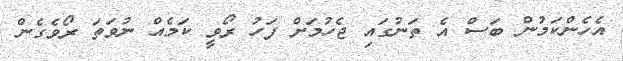
އެހެންކަމުން ބަސް އެ ތަނުގައި ޖެހުމަށް ފަހު ރޯވީ ކަމެއް ނުވަތަ ރޯވެގެން